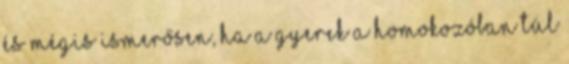
és mégis ismerősen, ha a gyerek a homokozóban túl